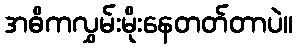
အဓိကလွှမ်းမိုးနေတတ်တာပဲ။